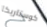
كوستاريكا